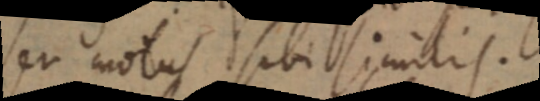
seu motus sibi similis.